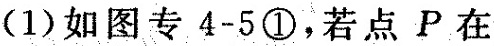
(1)如图专4-5①，若点P在